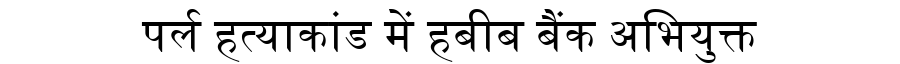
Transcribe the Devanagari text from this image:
पर्ल हत्याकांड में हबीब बैंक अभियुक्त